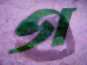
গ